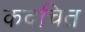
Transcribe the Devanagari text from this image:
कदचित